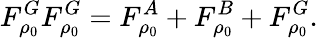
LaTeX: F_{\rho_{0}}^{G}F_{\rho_{0}}^{G}=F_{\rho_{0}}^{A}+F_{\rho_{0}}^{B}+F_{\rho_{0}}^{G}.